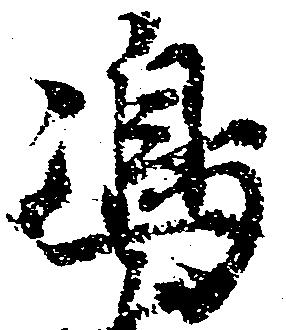
嶋